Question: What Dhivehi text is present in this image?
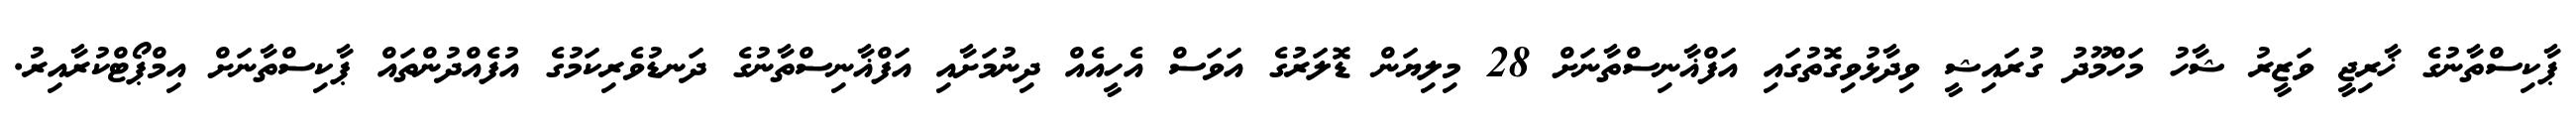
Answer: ޕާކިސްތާނުގެ ޚާރިޖީ ވަޒީރު ޝާހު މަހްމޫދު ގުރައިޝީ ވިދާޅުވިގޮތުގައި އަފްޣާނިސްތާނަށް 28 މިލިޔަން ޑޮލަރުގެ އަވަސް އެހީއެއް ދިނުމަށާއި އަފްޣާނިސްތާނުގެ ދަނޑުވެރިކަމުގެ އުފެއްދުންތައް ޕާކިސްތާނަށް އިމްޕޯޓްކުރާއިރު.